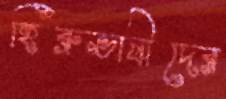
হিব্রুভাষীদের